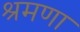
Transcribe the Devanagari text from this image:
श्रमणा